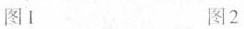
图1 图2